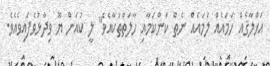
އަޚްލާޤެއް ހަމައެއް ލަމައެއް ނެތް ކަންކަމާއި ހާލަތްތަކާއެވެ" ލީ ކުއަން ޔޫ ވިދާޅުވެފައިވެއެވެ.